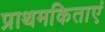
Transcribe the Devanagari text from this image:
प्राथमकिताएं